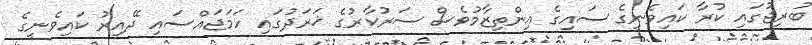
ބުރިޖުގައި ކުރާ ކައިވެނީގެ ސައިގެ އިންތިޒާމުވެސް ސަރުކާރުގެ ޚަރަދުގައި ހަމަޖައްސައި ދޭއިރު ކައިވެނީގެ